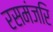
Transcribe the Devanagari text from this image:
रसमंजरि